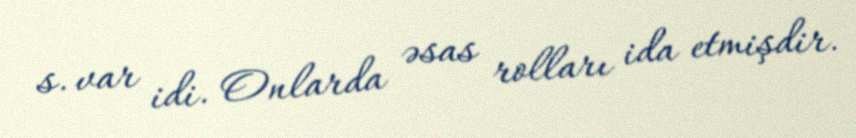
s. var idi. Onlarda əsas rolları ida etmişdir.